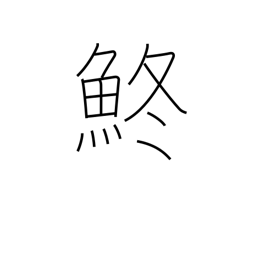
Meaning: gizzard shad